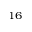
^ { 1 6 }